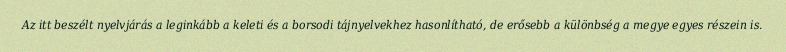
Az itt beszélt nyelvjárás a leginkább a keleti és a borsodi tájnyelvekhez hasonlítható, de erősebb a különbség a megye egyes részein is.